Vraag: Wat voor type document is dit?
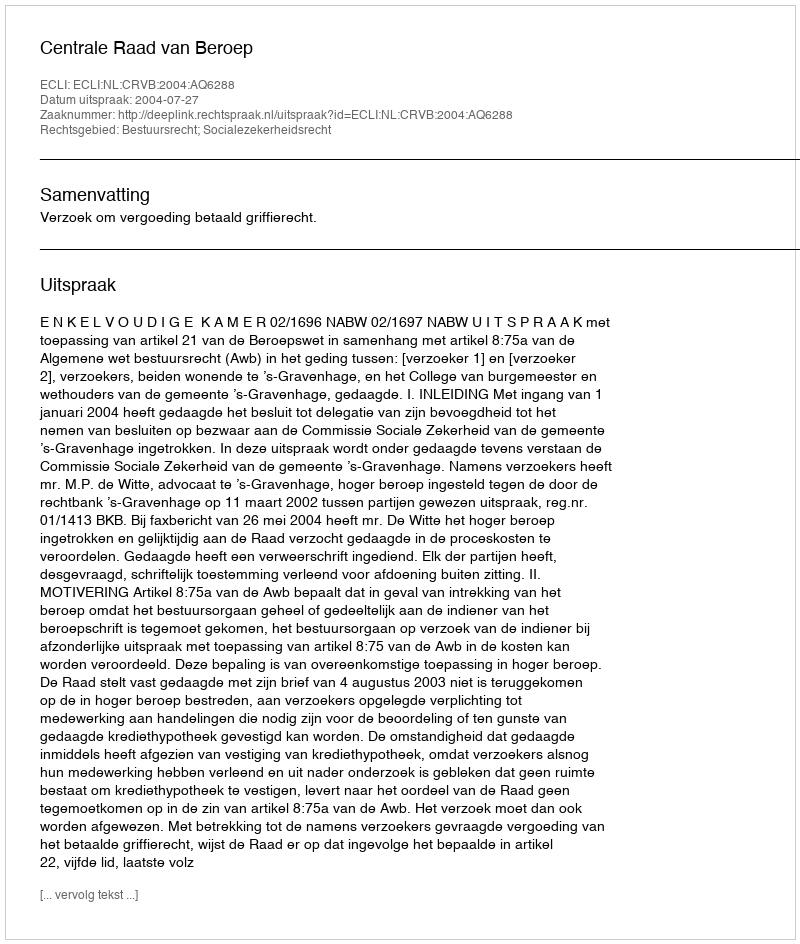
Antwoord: Uitspraak